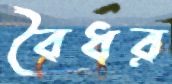
বৈধর